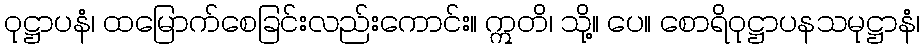
ဝုဋ္ဌာပနံ၊ ထမြောက်စေခြင်းလည်းကောင်း။ ဣတိ၊ သို့။ ပေ။ စောရိဝုဋ္ဌာပနသမုဋ္ဌာနံ၊